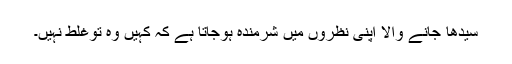
سیدھا جانے والا اپنی نظروں میں شرمندہ ہوجاتا ہے کہ کہیں وہ توغلط نہیں۔